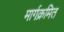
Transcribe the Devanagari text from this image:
मार्गक्रमित